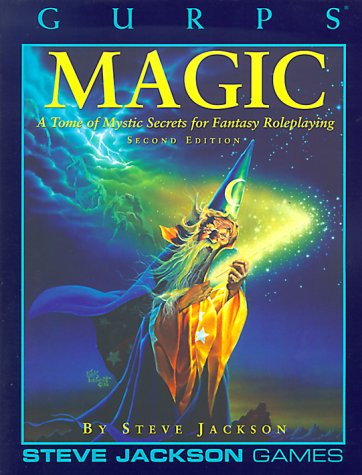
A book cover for GURPS Magic 2nd ed *OP (GURPS: Generic Universal Role Playing System); Steve Jackson; Science Fiction & Fantasy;